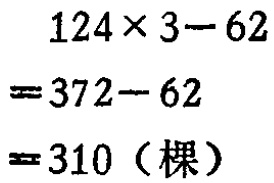
\[

\begin{align*}

&124\times3 - 62\\

=&372 - 62\\

=&310 (\text{棵})

\end{align*}

\]